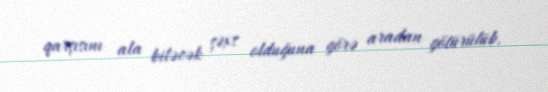
qarşısını ala biləcək şəxs olduğuna görə aradan götürülüb.